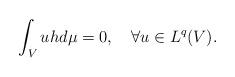
LaTeX: \begin{align*}\int_Vuhd\mu=0,\quad\forall u\in L^q(V).\end{align*}